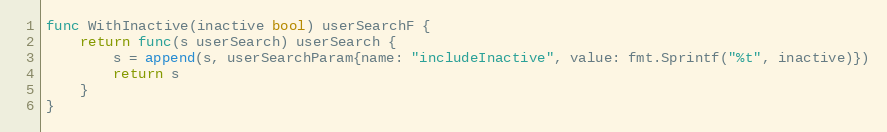
Language: Go
func WithInactive(inactive bool) userSearchF {
	return func(s userSearch) userSearch {
		s = append(s, userSearchParam{name: "includeInactive", value: fmt.Sprintf("%t", inactive)})
		return s
	}
}